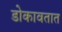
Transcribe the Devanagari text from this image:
डोकावतात